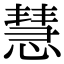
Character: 慧